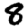
Digit: 8